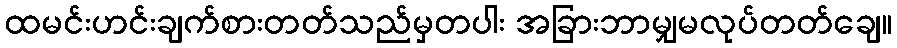
ထမင်းဟင်းချက်စားတတ်သည်မှတပါး အခြားဘာမျှမလုပ်တတ်ချေ။